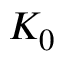
K _ { 0 }